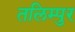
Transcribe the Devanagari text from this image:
तलिम्पुर